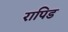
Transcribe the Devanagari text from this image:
रापिड